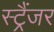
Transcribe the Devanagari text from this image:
स्ट्रैंजर